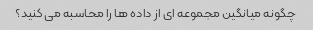
چگونه میانگین مجموعه ای از داده ها را محاسبه می کنید؟